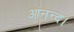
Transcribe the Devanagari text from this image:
आनन्द।